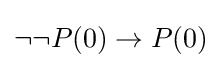
\neg \neg P(0)\to P(0)